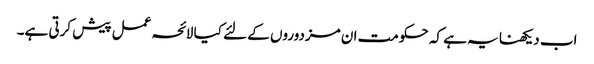
اب دیکھنا یہ ہے کہ حکومت ان مزدوروں کے لئے کیا لائحہ عمل پیش کرتی ہے۔